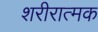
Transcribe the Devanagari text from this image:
शरीरात्मक